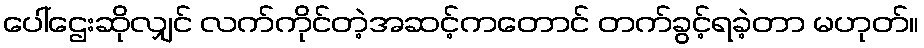
ပေါ်ဌေးဆိုလျှင် လက်ကိုင်တဲ့အဆင့်ကတောင် တက်ခွင့်ရခဲ့တာ မဟုတ်။